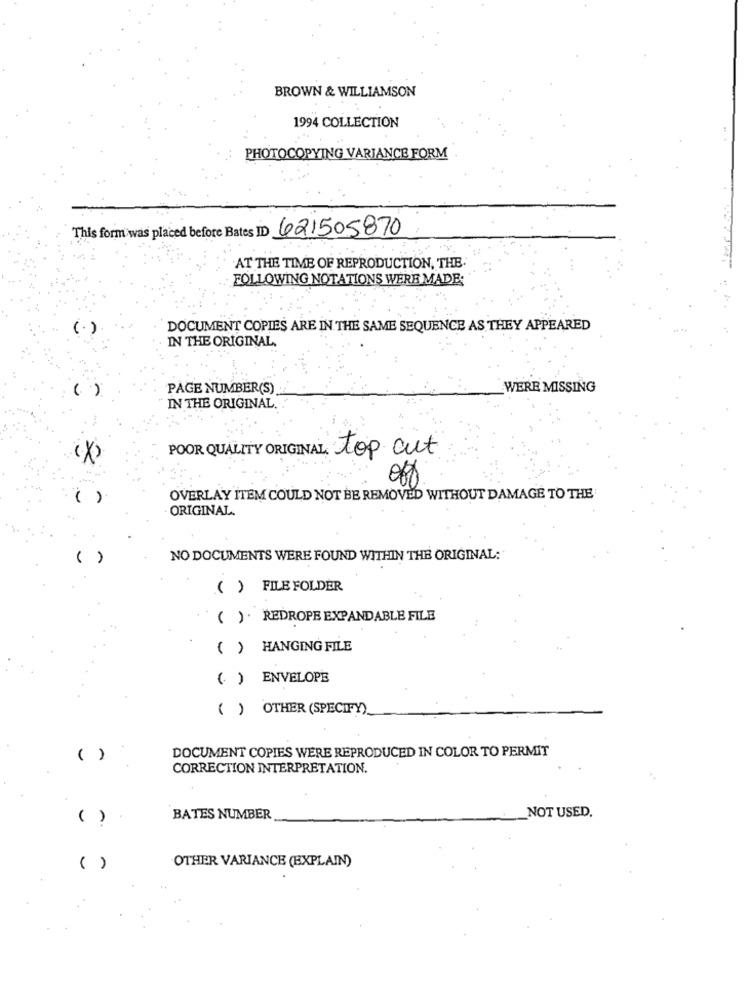
BROWN & WILLIAMSON
1994 COLLECTION
PHOTOCOPYING VARIANCE FORM
This form was placed before Bates ID 621505870
AT THE TIME OF REPRODUCTION, THE.
FOLLOWING NOTATIONS WERE MADE:
(.)
DOCUMENT COPIES ARE IN THE SAME SEQUENCE AS THEY APPEARED
IN THE ORIGINAL
PAGE NUMBER(S)
WERE MISSING
()
IN THE ORIGINAL.
POOR QUALITY ORIGINAL top cut
( )
OVERLAY ITEM COULD NOT BE REMOVED WITHOUT DAMAGE TO THE
ORIGINAL.
( )
NO DOCUMENTS WERE FOUND WITHIN THE ORIGINAL:
( ) FILE FOLDER
( )· REDROPE EXPANDABLE FILE
( ) HANGING FILE
( ) ENVELOPE
( ) OTHER (SPECIFY)
DOCUMENT COPIES WERE REPRODUCED IN COLOR TO PERMIT
( )
CORRECTION INTERPRETATION.
( )
BATES NUMBER
NOT USED.
( )
OTHER VARIANCE (EXPLAIN)